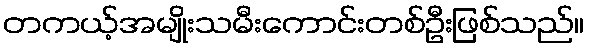
တကယ့်အမျိုးသမီးကောင်းတစ်ဦးဖြစ်သည်။